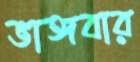
ভাঙ্গবার